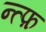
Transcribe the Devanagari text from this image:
न्त्फ़